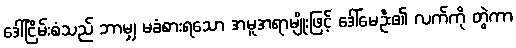
ဒေါ်ငြိမ်းစံသည် ဘာမျှ မခံစားရသော အမူအရာမျိုးဖြင့် ဒေါ်မေဦး၏ လက်ကို တွဲကာ